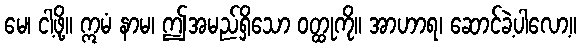
မေ၊ ငါ့ဖို့။ ဣမံ နာမ၊ ဤအမည်ရှိသော ဝတ္ထုကို။ အာဟာရ၊ ဆောင်ခဲ့ပါလော့။